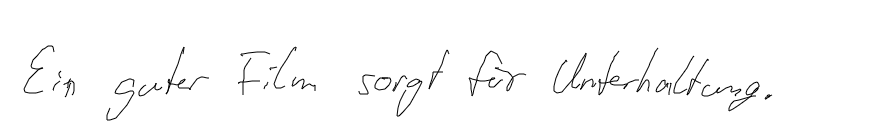
Ein guter Film sorgt für Unterhaltung.